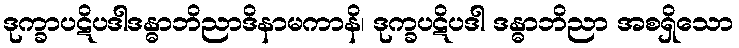
ဒုက္ခာပဋိပဒါဒန္ဓာဘိညာဒိနာမကာနိ၊ ဒုက္ခပဋိပဒါ ဒန္ဓာဘိညာ အစရှိသော